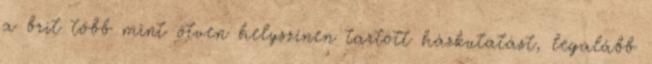
a brit több mint ötven helyszínen tartott házkutatást, legalább